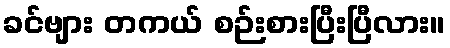
ခင်ဗျား တကယ် စဉ်းစားပြီးပြီလား။